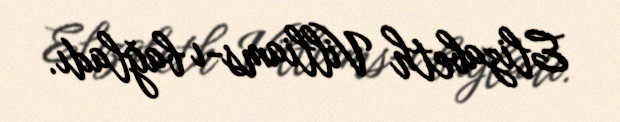
Elizabeth Villiams-ı bağladı.